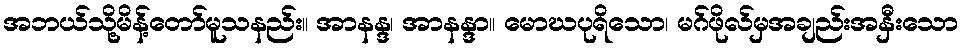
အဘယ်သို့မိန့်တော်မူသနည်း။ အာနန္ဒ၊ အာနန္ဒာ။ မောဃပုရိသော၊ မဂ်ဖိုလ်မှအချည်းအနှီးသော